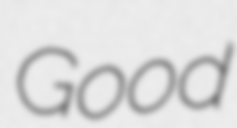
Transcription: Good